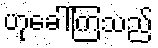
ဟုခေါ်ကြသည်